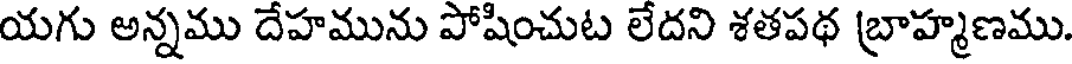
యగు అన్నము దేహమును పోషించుట లేదని శతపథ బ్రాహ్మణము.